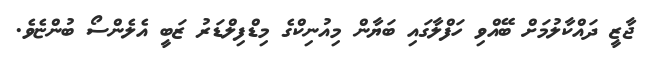
ޖާޒީ ދައްކާލުމަށް ބޭއްވި ހަފްލާގައި ބަޔާން މިއުނިކްގެ މިޑްފިލްޑަރު ޒަބީ އެލެންސޯ ބުންޏެވެ.